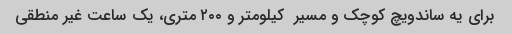
برای یه ساندویچ کوچک و مسیر  کیلومتر و ٢٠٠ متری، یک ساعت غیر منطقی